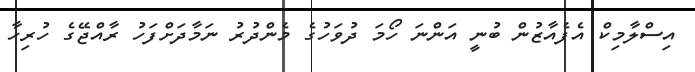
އިސްލާމިކް އެފެއާޒުން ބުނީ އަންނަ ހޯމަ ދުވަހުގެ މެންދުރު ނަމާދަށްފަހު ރާއްޖޭގެ ހުރިހާ